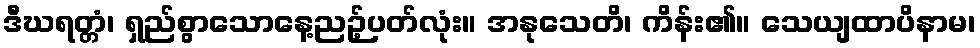
ဒီဃရတ္တံ၊ ရှည်စွာသောနေ့ညဉ့်ပတ်လုံး။ အနုသေတိ၊ ကိန်း၏။ သေယျထာပိနာမ၊